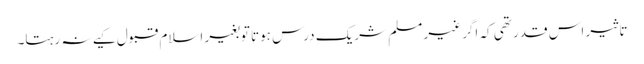
تاثیر اس قدر تھی کہ اگر غیر مسلم شریکِ درس ہوتا توبغیر اسلام قبول کیے نہ رہتا۔